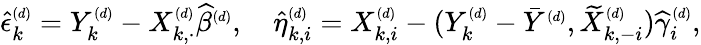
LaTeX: \begin{array}{r}{\widehat{\epsilon}_{k}^{\scriptscriptstyle(d)}=Y_{k}^{\scriptscriptstyle(d)}-X_{k,\cdot}^{\scriptscriptstyle(d)}\widehat{\beta}^{\scriptscriptstyle(d)},\quad\widehat{\eta}_{k,i}^{\scriptscriptstyle(d)}=X_{k,i}^{\scriptscriptstyle(d)}-(Y_{k}^{\scriptscriptstyle(d)}-\bar{Y}^{\scriptscriptstyle(d)},\widetilde X_{k,-i}^{\scriptscriptstyle(d)})\widehat{\gamma}_{i}^{\scriptscriptstyle(d)},}\end{array}